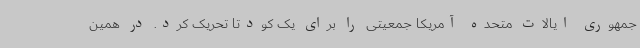
جمهوری ایالات متحده آمریکا جمعیتی را برای یک کودتا تحریک کرد. در همین